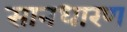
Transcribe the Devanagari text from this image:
सानधारण